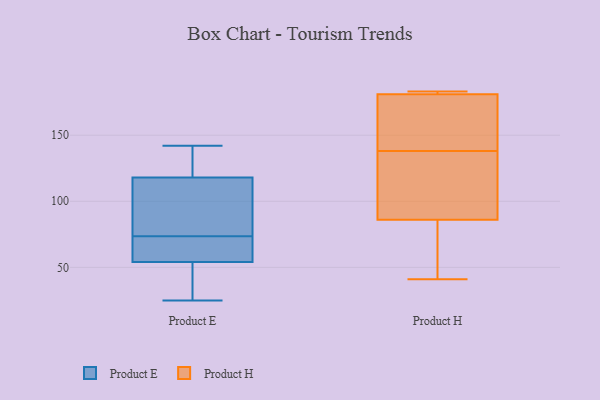
{"axis": {"x": "Revenue (USD Million)", "y": "Value"}, "legend": ["Product E", "Product H"], "data": [{"x": "", "y": 123, "type": "Product E"}, {"x": "", "y": 142, "type": "Product E"}, {"x": "", "y": 54, "type": "Product E"}, {"x": "", "y": 25, "type": "Product E"}, {"x": "", "y": 28, "type": "Product E"}, {"x": "", "y": 70, "type": "Product E"}, {"x": "", "y": 77, "type": "Product E"}, {"x": "", "y": 69, "type": "Product E"}, {"x": "", "y": 81, "type": "Product E"}, {"x": "", "y": 118, "type": "Product E"}, {"x": "", "y": 177, "type": "Product H"}, {"x": "", "y": 41, "type": "Product H"}, {"x": "", "y": 128, "type": "Product H"}, {"x": "", "y": 181, "type": "Product H"}, {"x": "", "y": 182, "type": "Product H"}, {"x": "", "y": 183, "type": "Product H"}, {"x": "", "y": 65, "type": "Product H"}, {"x": "", "y": 181, "type": "Product H"}, {"x": "", "y": 148, "type": "Product H"}, {"x": "", "y": 86, "type": "Product H"}, {"x": "", "y": 165, "type": "Product H"}, {"x": "", "y": 121, "type": "Product H"}, {"x": "", "y": 111, "type": "Product H"}, {"x": "", "y": 58, "type": "Product H"}]}